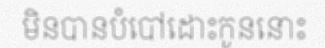
មិនបានបំបៅដោះកូននោះ